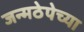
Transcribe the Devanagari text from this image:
जन्मठेपेच्या